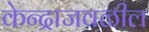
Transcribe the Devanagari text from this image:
केन्द्राजवळील